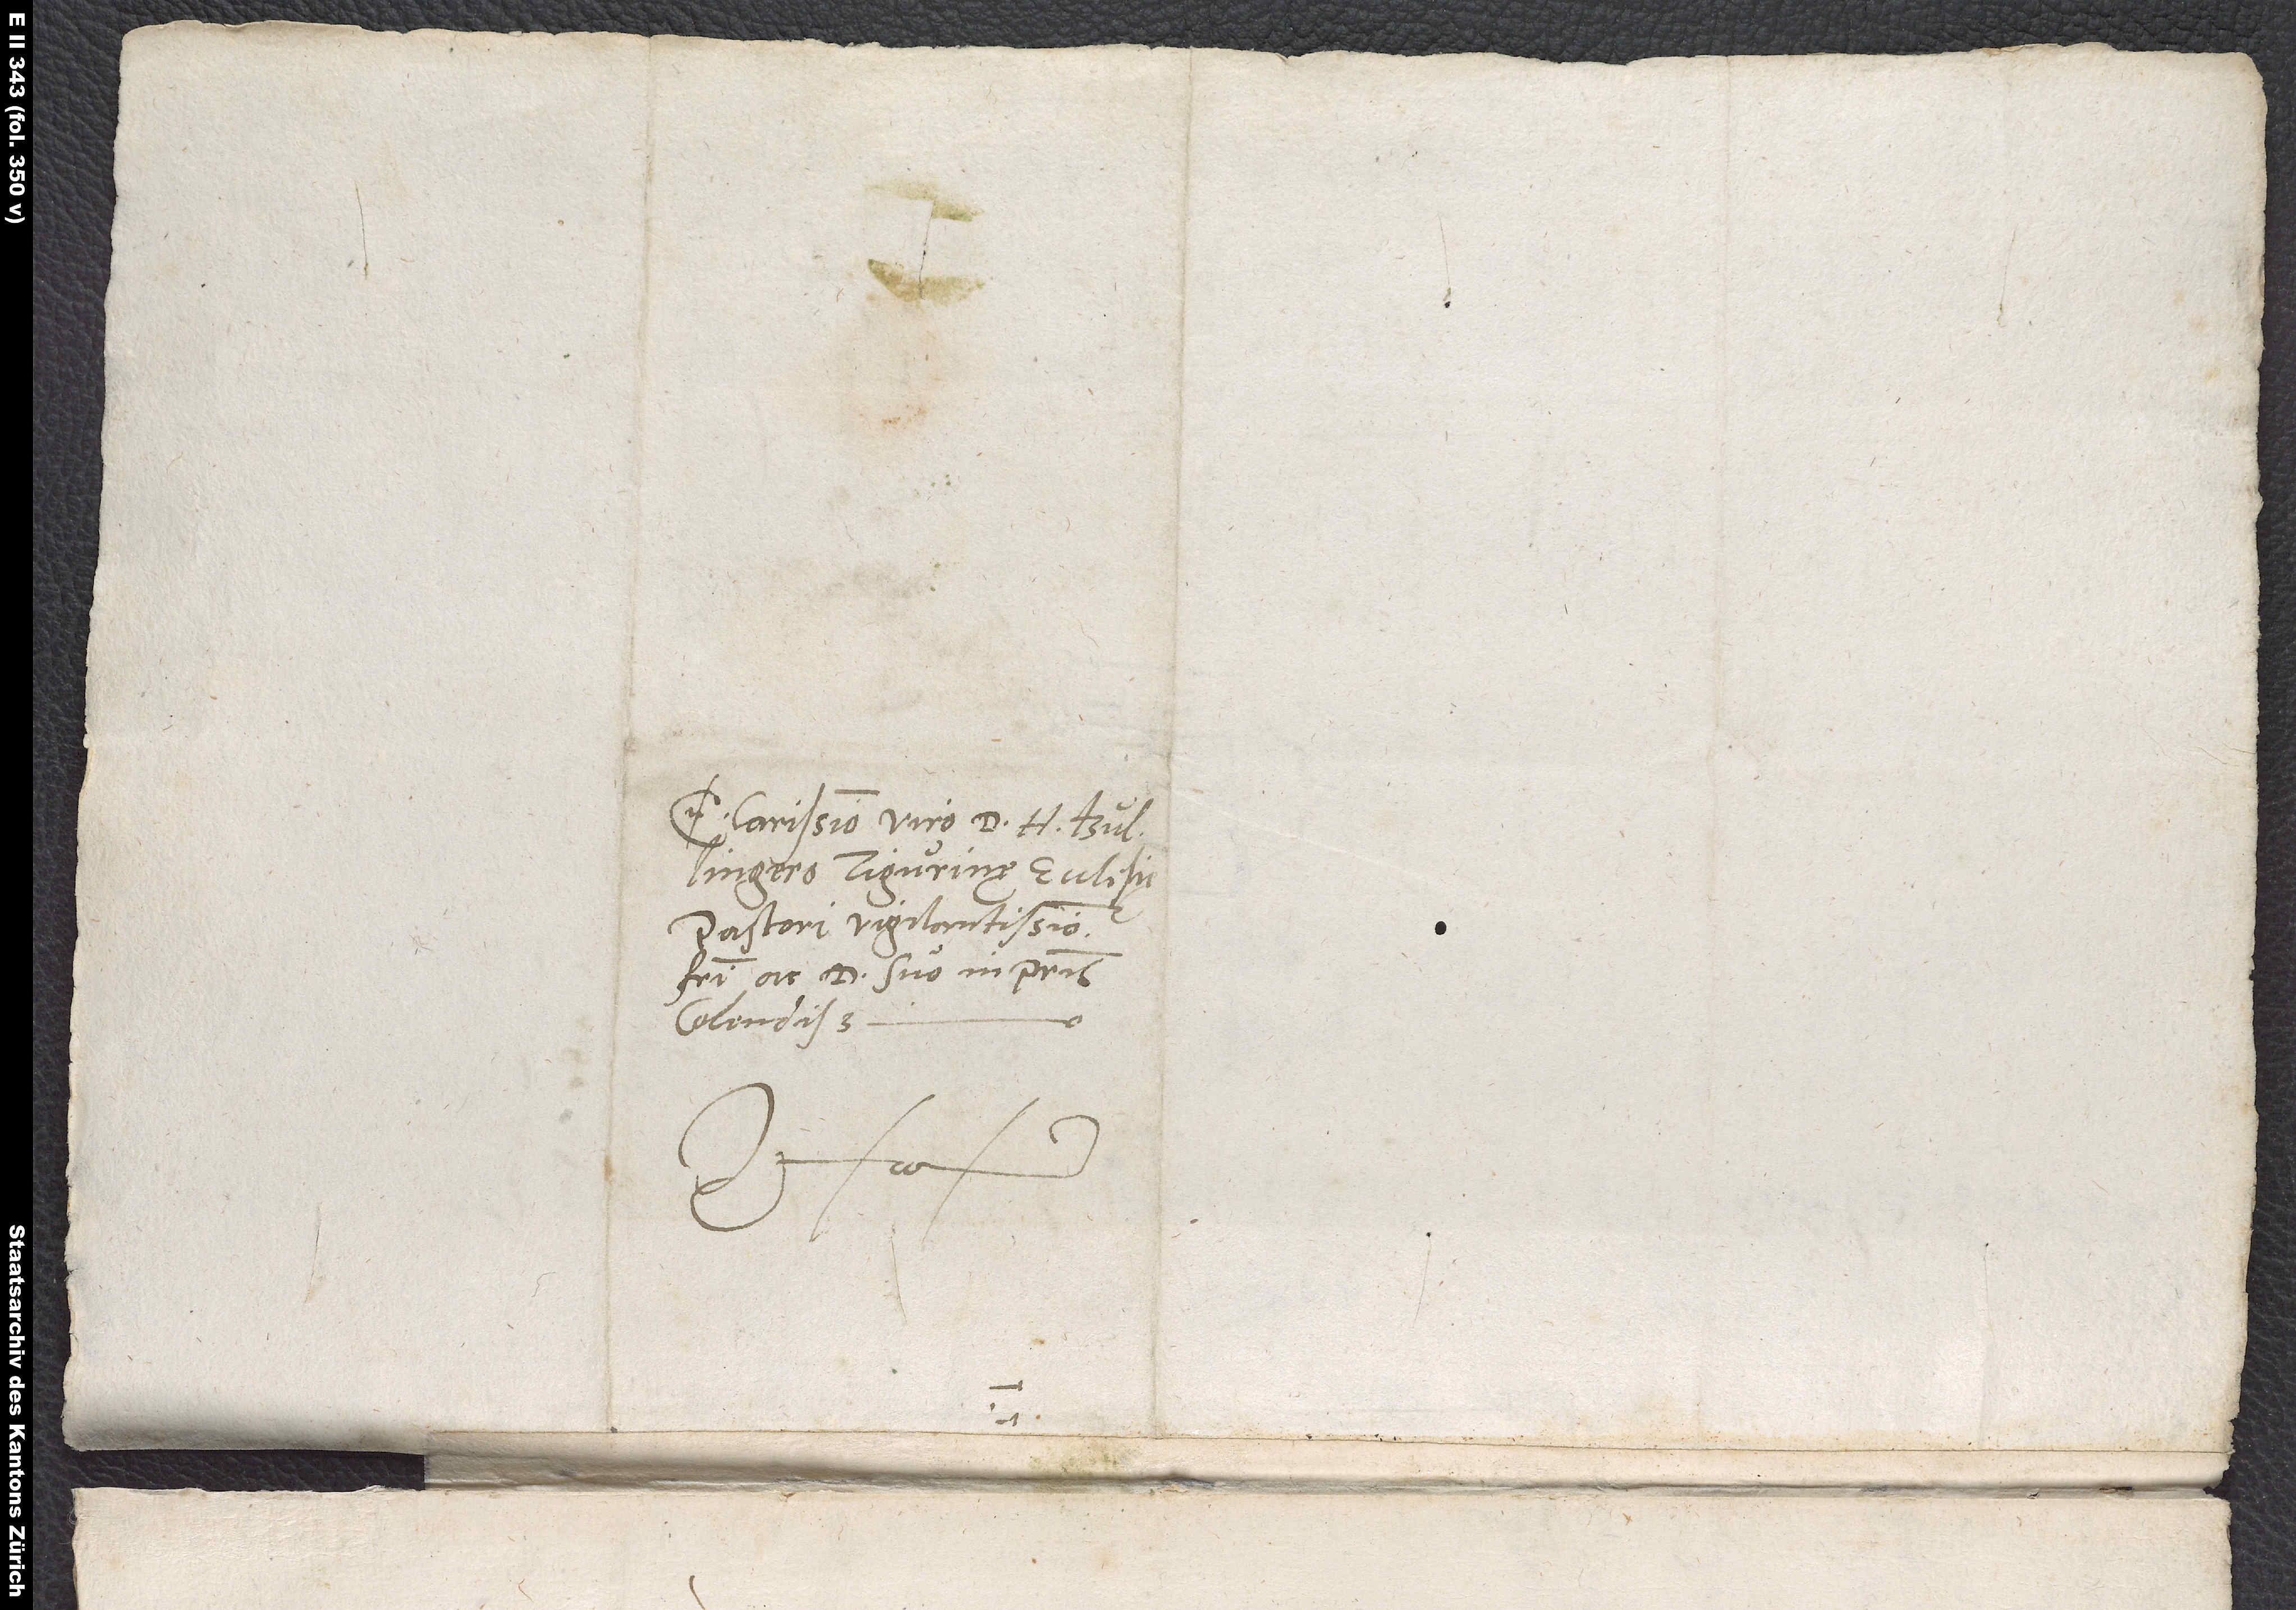
Clarissimo viro d. H. Bullingero,
pastori vigilantissimo,
ac d. suo inprimis
colendissimo.